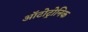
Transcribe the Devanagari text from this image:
ऑटोट्रोनिक